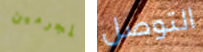
المجرمين التوصل